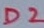
Text: D2